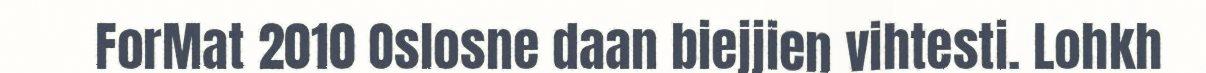
ForMat 2010 Oslosne daan biejjien vihtesti. Lohkh